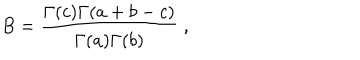
B = \frac { \Gamma ( c ) \Gamma ( a + b - c ) } { \Gamma ( a ) \Gamma ( b ) } \; ,